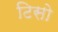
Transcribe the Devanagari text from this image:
टिसो